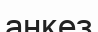
анкез